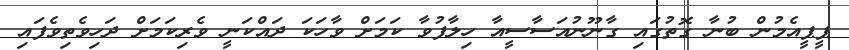
ޕީޕީއެމުން ބުނާ ގޮތުގައި ގާނޫނުއަސާސީއާ ހިލާފުވާ ކަމަށް ވާހަކަ ދައްކަނީ ވެރިކަމަށް ދަހިވެތިވެފައި